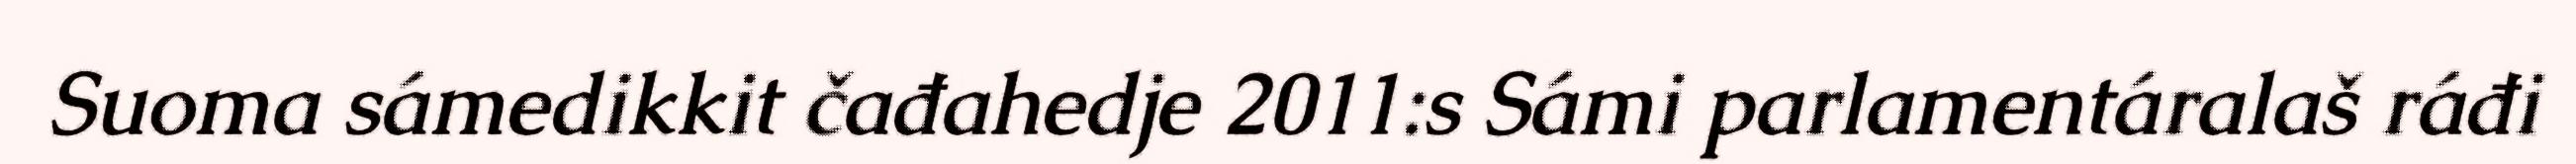
Suoma sámedikkit čađahedje 2011:s Sámi parlamentáralaš ráđi